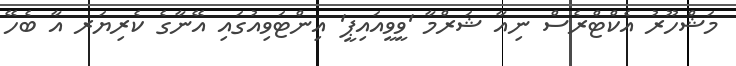
މަޝްހޫރު އެކްޓްރެސް ނިއާ ޝަރްމާ 'ވީވީއައިޕީ' އިންޓަވިއުގައި އޭނާގެ ކެރިޔަރ އާ ބެހޭ